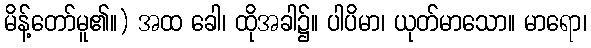
မိန့်တော်မူ၏။) အထ ခေါ၊ ထိုအခါ၌။ ပါပိမာ၊ ယုတ်မာသော။ မာရော၊